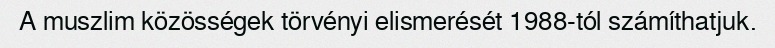
A muszlim közösségek törvényi elismerését 1988-tól számíthatjuk.